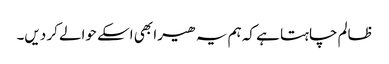
ظالم چاہتا ہے کہ ہم یہ ھیرا بھی اسکے حوالے کر دیں۔